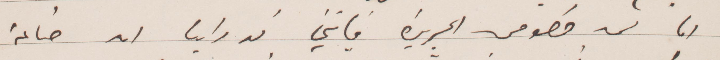
اما في خصوص الجريدة فإنني قد رأيت أن صناعة